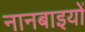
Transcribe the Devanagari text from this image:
नानबाइयों